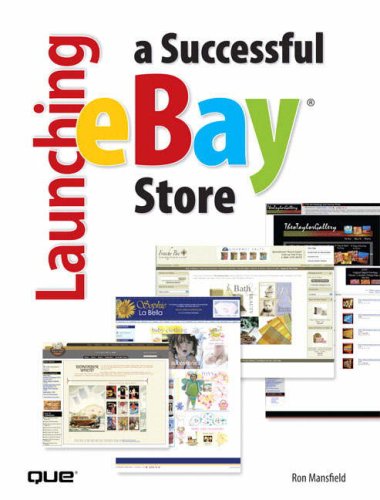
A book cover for Launching a Successful eBay Store; Ron Mansfield; Computers & Technology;